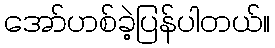
အော်ဟစ်ခဲ့ပြန်ပါတယ်။